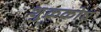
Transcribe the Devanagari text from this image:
शुक्रकोष